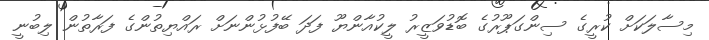
މިސާލަކަށް ކުރީގެ ސިންގަޕޫރުގެ ބޮޑުވަޒީރު ލީކުއާންޔޫ ފަދަ ބޭފުޅުންނަށް ރައްޔިތުންގެ ފަރާތުން ލިބުނީ